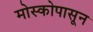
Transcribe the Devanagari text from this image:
मोस्कोपासून